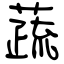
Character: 蔬